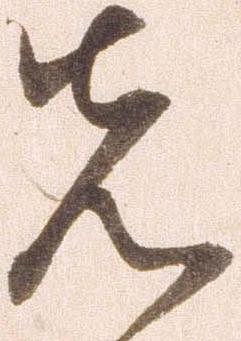
先